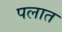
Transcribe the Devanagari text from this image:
पलात